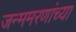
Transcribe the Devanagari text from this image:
जन्ममरणांच्या